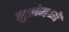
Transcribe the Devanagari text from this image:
सुत्रांमध्ये